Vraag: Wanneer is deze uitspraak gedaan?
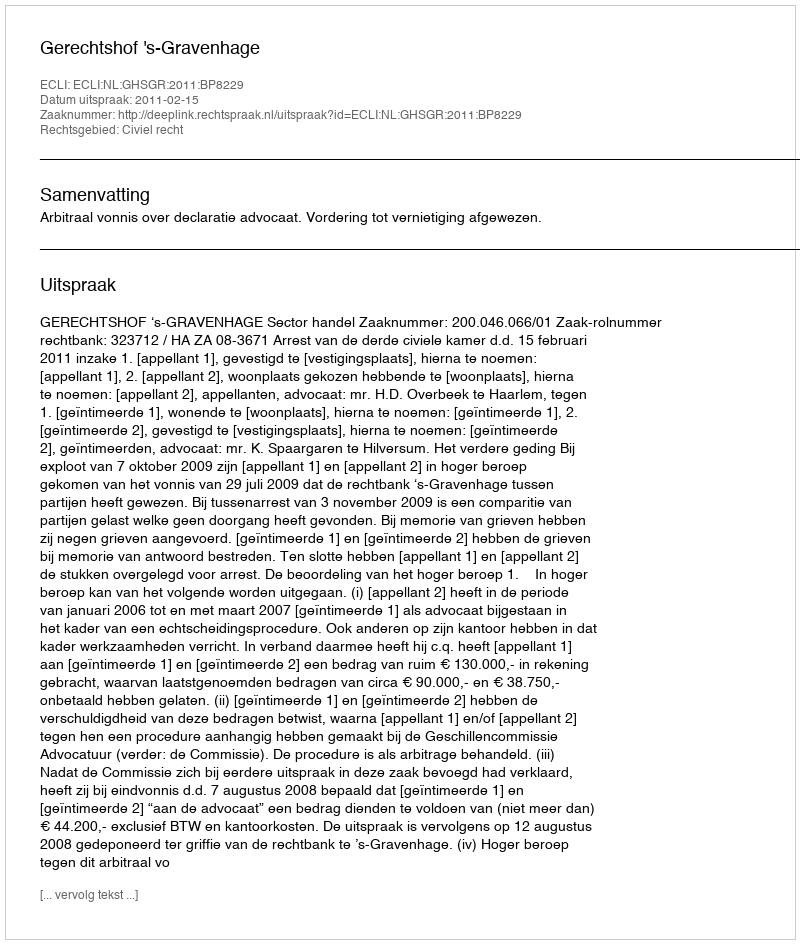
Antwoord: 2011-02-15